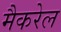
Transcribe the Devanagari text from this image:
मैकरेल